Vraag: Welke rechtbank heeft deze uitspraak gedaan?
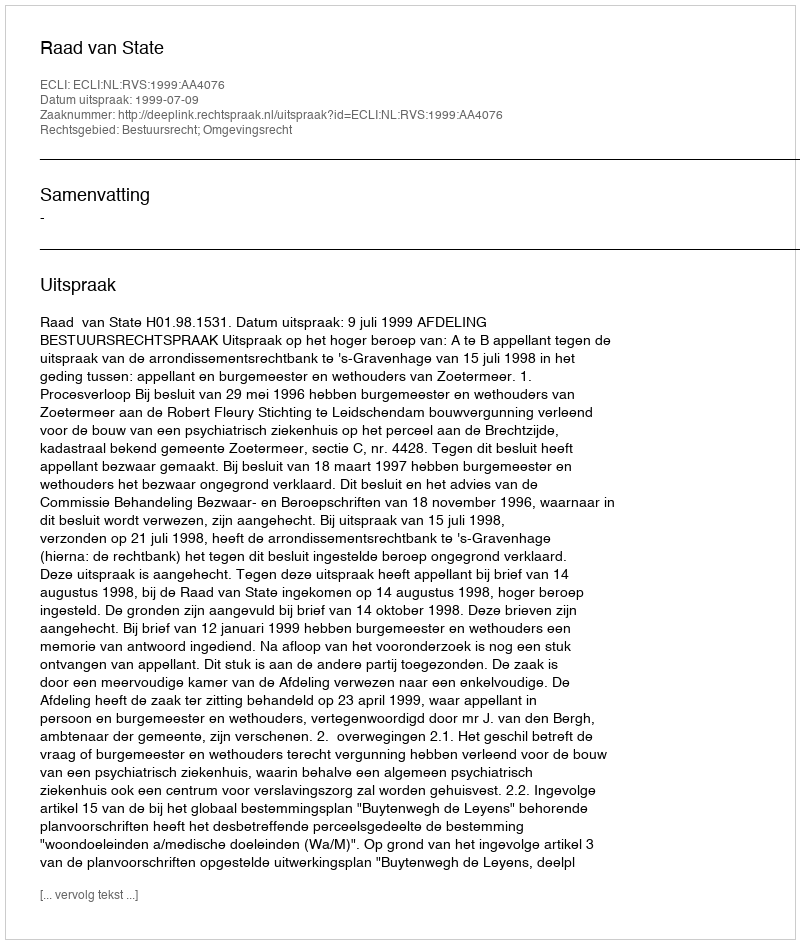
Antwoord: Raad van State